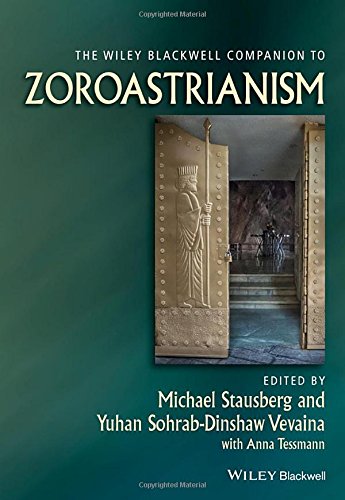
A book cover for The Wiley-Blackwell Companion to Zoroastrianism (Wiley Blackwell Companions to Religion); Religion & Spirituality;